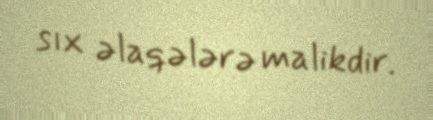
sıx əlaqələrə malikdir.